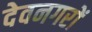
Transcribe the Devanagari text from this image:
देवनगरों